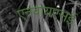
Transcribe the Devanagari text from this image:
एनवायएसई